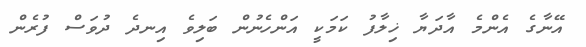
އޭނާގެ އެންމެ އާދަޔާ ޚިލާފު ކަމަކީ އަންހެނުން ބަލިވެ އިނދެ ދުވަސް ފުރެން